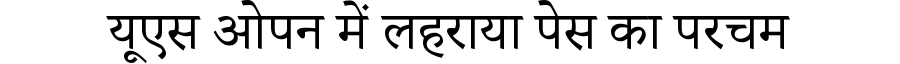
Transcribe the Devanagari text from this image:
यूएस ओपन में लहराया पेस का परचम